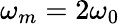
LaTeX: \omega_{m}=2\omega_{0}